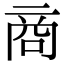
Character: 商